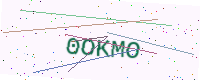
Text: 0OKMO